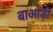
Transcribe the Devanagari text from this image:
बाओड़ी